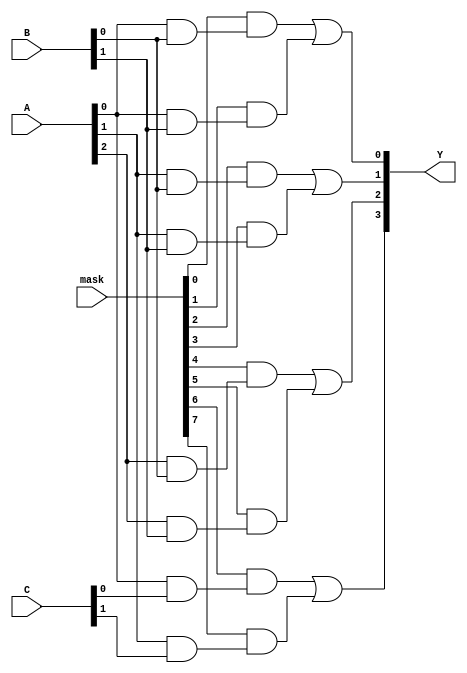
module MaskedPAL (
    input wire [2:0] A,      // 3-bit input signals
    input wire [2:0] B,      // 3-bit input signals
    input wire [2:0] C,      // 3-bit input signals
    input wire [7:0] mask,   // Masking for AND gates (8 bits for 8 AND gates)
    output wire [3:0] Y      // 4 output signals
);

// Programmable AND array
wire [7:0] and_out; // Outputs of the AND gates

// AND Gate Definitions
assign and_out[0] = (mask[0] && (A[0] & B[0])); // AND Gate 0
assign and_out[1] = (mask[1] && (A[0] & B[1])); // AND Gate 1
assign and_out[2] = (mask[2] && (A[1] & B[0])); // AND Gate 2
assign and_out[3] = (mask[3] && (A[1] & B[1])); // AND Gate 3
assign and_out[4] = (mask[4] && (A[2] & B[0])); // AND Gate 4
assign and_out[5] = (mask[5] && (A[2] & B[1])); // AND Gate 5
assign and_out[6] = (mask[6] && (A[0] & C[0])); // AND Gate 6
assign and_out[7] = (mask[7] && (A[1] & C[1])); // AND Gate 7

// Fixed OR array
assign Y[0] = and_out[0] | and_out[1]; // OR Gate 0
assign Y[1] = and_out[2] | and_out[3]; // OR Gate 1
assign Y[2] = and_out[4] | and_out[5]; // OR Gate 2
assign Y[3] = and_out[6] | and_out[7]; // OR Gate 3

endmodule